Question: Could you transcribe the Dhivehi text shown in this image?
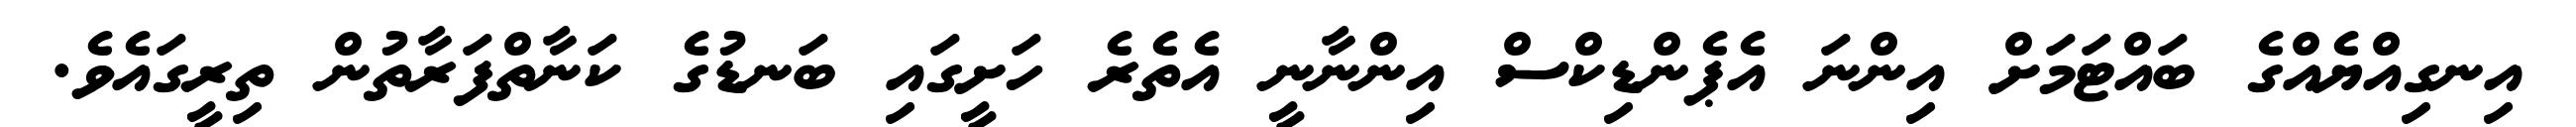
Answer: އިނގިއްޔެއްގެ ބައްޓަމަށް އިންނަ އެޕެންޑިކްސް އިންނާނީ އެތެރެ ހަށީގައި ބަނޑުގެ ކަނާތްފަރާތުން ތިރީގައެވެ.